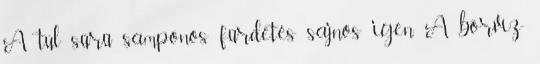
A túl sűrű samponos fürdetés sajnos igen. A bórvíz